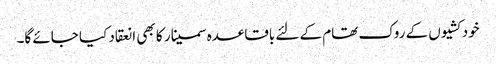
خودکشیوں کے روک تھام کے لئے باقاعدہ سمینار کا بھی انعقاد کیا جائے گا۔